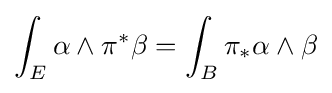
\int _{E}\alpha \wedge \pi ^{*}\beta =\int _{B}\pi _{*}\alpha \wedge \beta